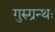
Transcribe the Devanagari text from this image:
गुरुग्रन्थः